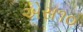
એસ૧૦